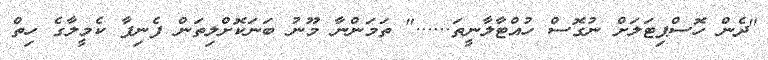
"ދެން ހޮސްޕިޓަލަށް ނުގޮސް ހުއްޓާލާނީތަ......" ތަމަންނާ މޫނު ބަނަކޮށްލިތަން ފެނިފާ ކެމީލާގެ ހިތް